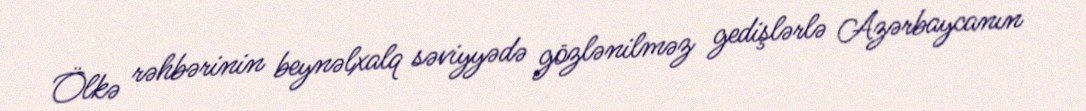
Ölkə rəhbərinin beynəlxalq səviyyədə gözlənilməz gedişlərlə Azərbaycanın